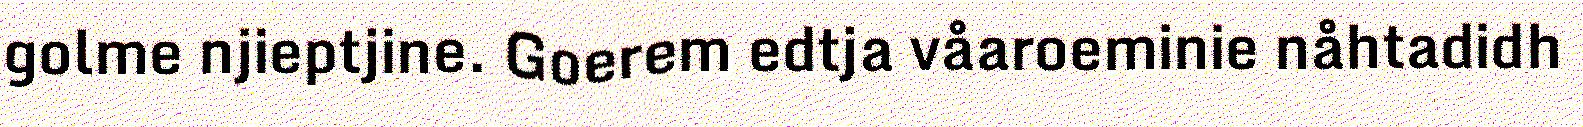
golme njieptjine. Goerem edtja våaroeminie nåhtadidh